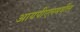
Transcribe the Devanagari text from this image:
आयपीएलमधील